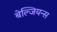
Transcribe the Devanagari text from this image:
बेल्जियन्स